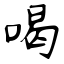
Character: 喝